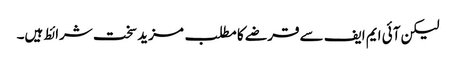
لیکن آئی ایم ایف سے قرضے کا مطلب مزید سخت شرائط ہیں۔